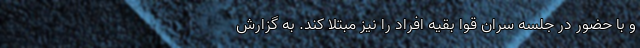
و با حضور در جلسه سران قوا بقیه افراد را نیز مبتلا کند. به گزارش